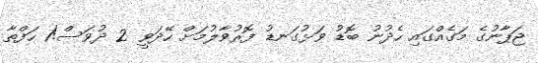
ޖަޕާނުގެ މަގެއްގައި ހެދުނު ބޮޑު ވަޅުގަނޑު ފޮރުވާލުމަށް ހޭދަވީ 2 ދުވަސް!1 ހަފްތާ